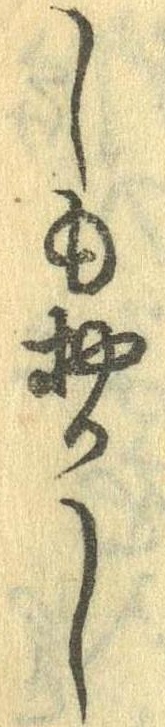
しもおかし